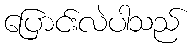
ပြောင်းလဲပါသည်